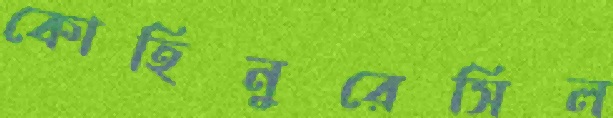
কোহিনুরেসিল